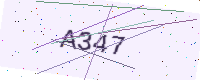
Text: A347